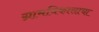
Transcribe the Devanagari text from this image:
ग्रामविकासाचा